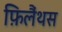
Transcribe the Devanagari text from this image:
फ़िलैंथस